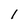
Character: l